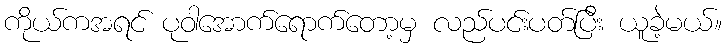
ကိုယ်ကအရင် ပုဝါအောက်ရောက်တော့မှ လည်ပင်းပတ်ပြီး ယူခဲ့မယ်။